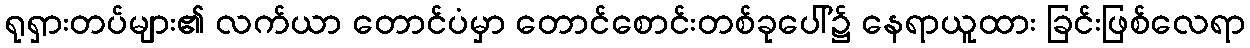
ရုရှားတပ်များ၏ လက်ယာ တောင်ပံမှာ တောင်စောင်းတစ်ခုပေါ်၌ နေရာယူထား ခြင်းဖြစ်လေရာ